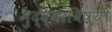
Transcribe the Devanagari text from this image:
मुद्द्यांविषयी